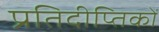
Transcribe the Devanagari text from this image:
प्रतिदीप्तिकों